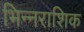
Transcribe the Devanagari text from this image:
भिन्नराशिक